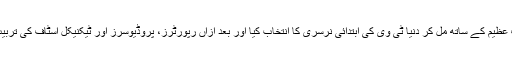
ہم دونوں نے اشرف عظیم کے ساتھ مل کر دنیا ٹی وی کی ابتدائی نرسری کا انتخاب کیا اور بعد ازاں رپورٹرز، پروڈیوسرز اور ٹیکنیکل اسٹاف کی تربیت کا اہتمام بھی کیا۔